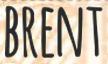
BRENT